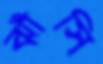
ঝাঁসি